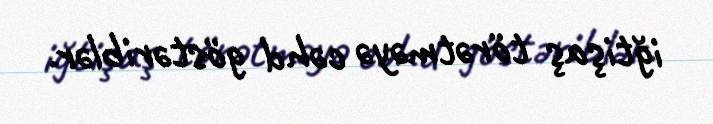
iğtişaş törətməyə cəhd göstəriblər.